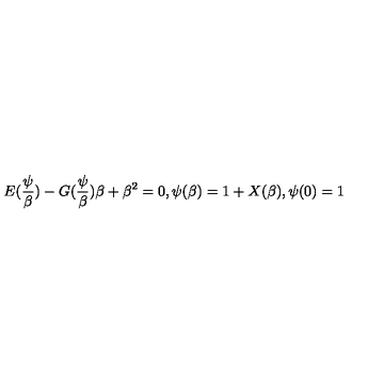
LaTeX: E ( \frac { \psi } { \beta } ) - G ( \frac { \psi } { \beta } ) \beta + \beta ^ { 2 } = 0 , \psi ( \beta ) = 1 + X ( \beta ) , \psi ( 0 ) = 1